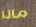
ماذا